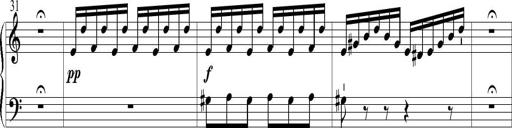
Title: 6 Leichte Sonatinen, Teil 1
Composer: F. Sigismund Sander